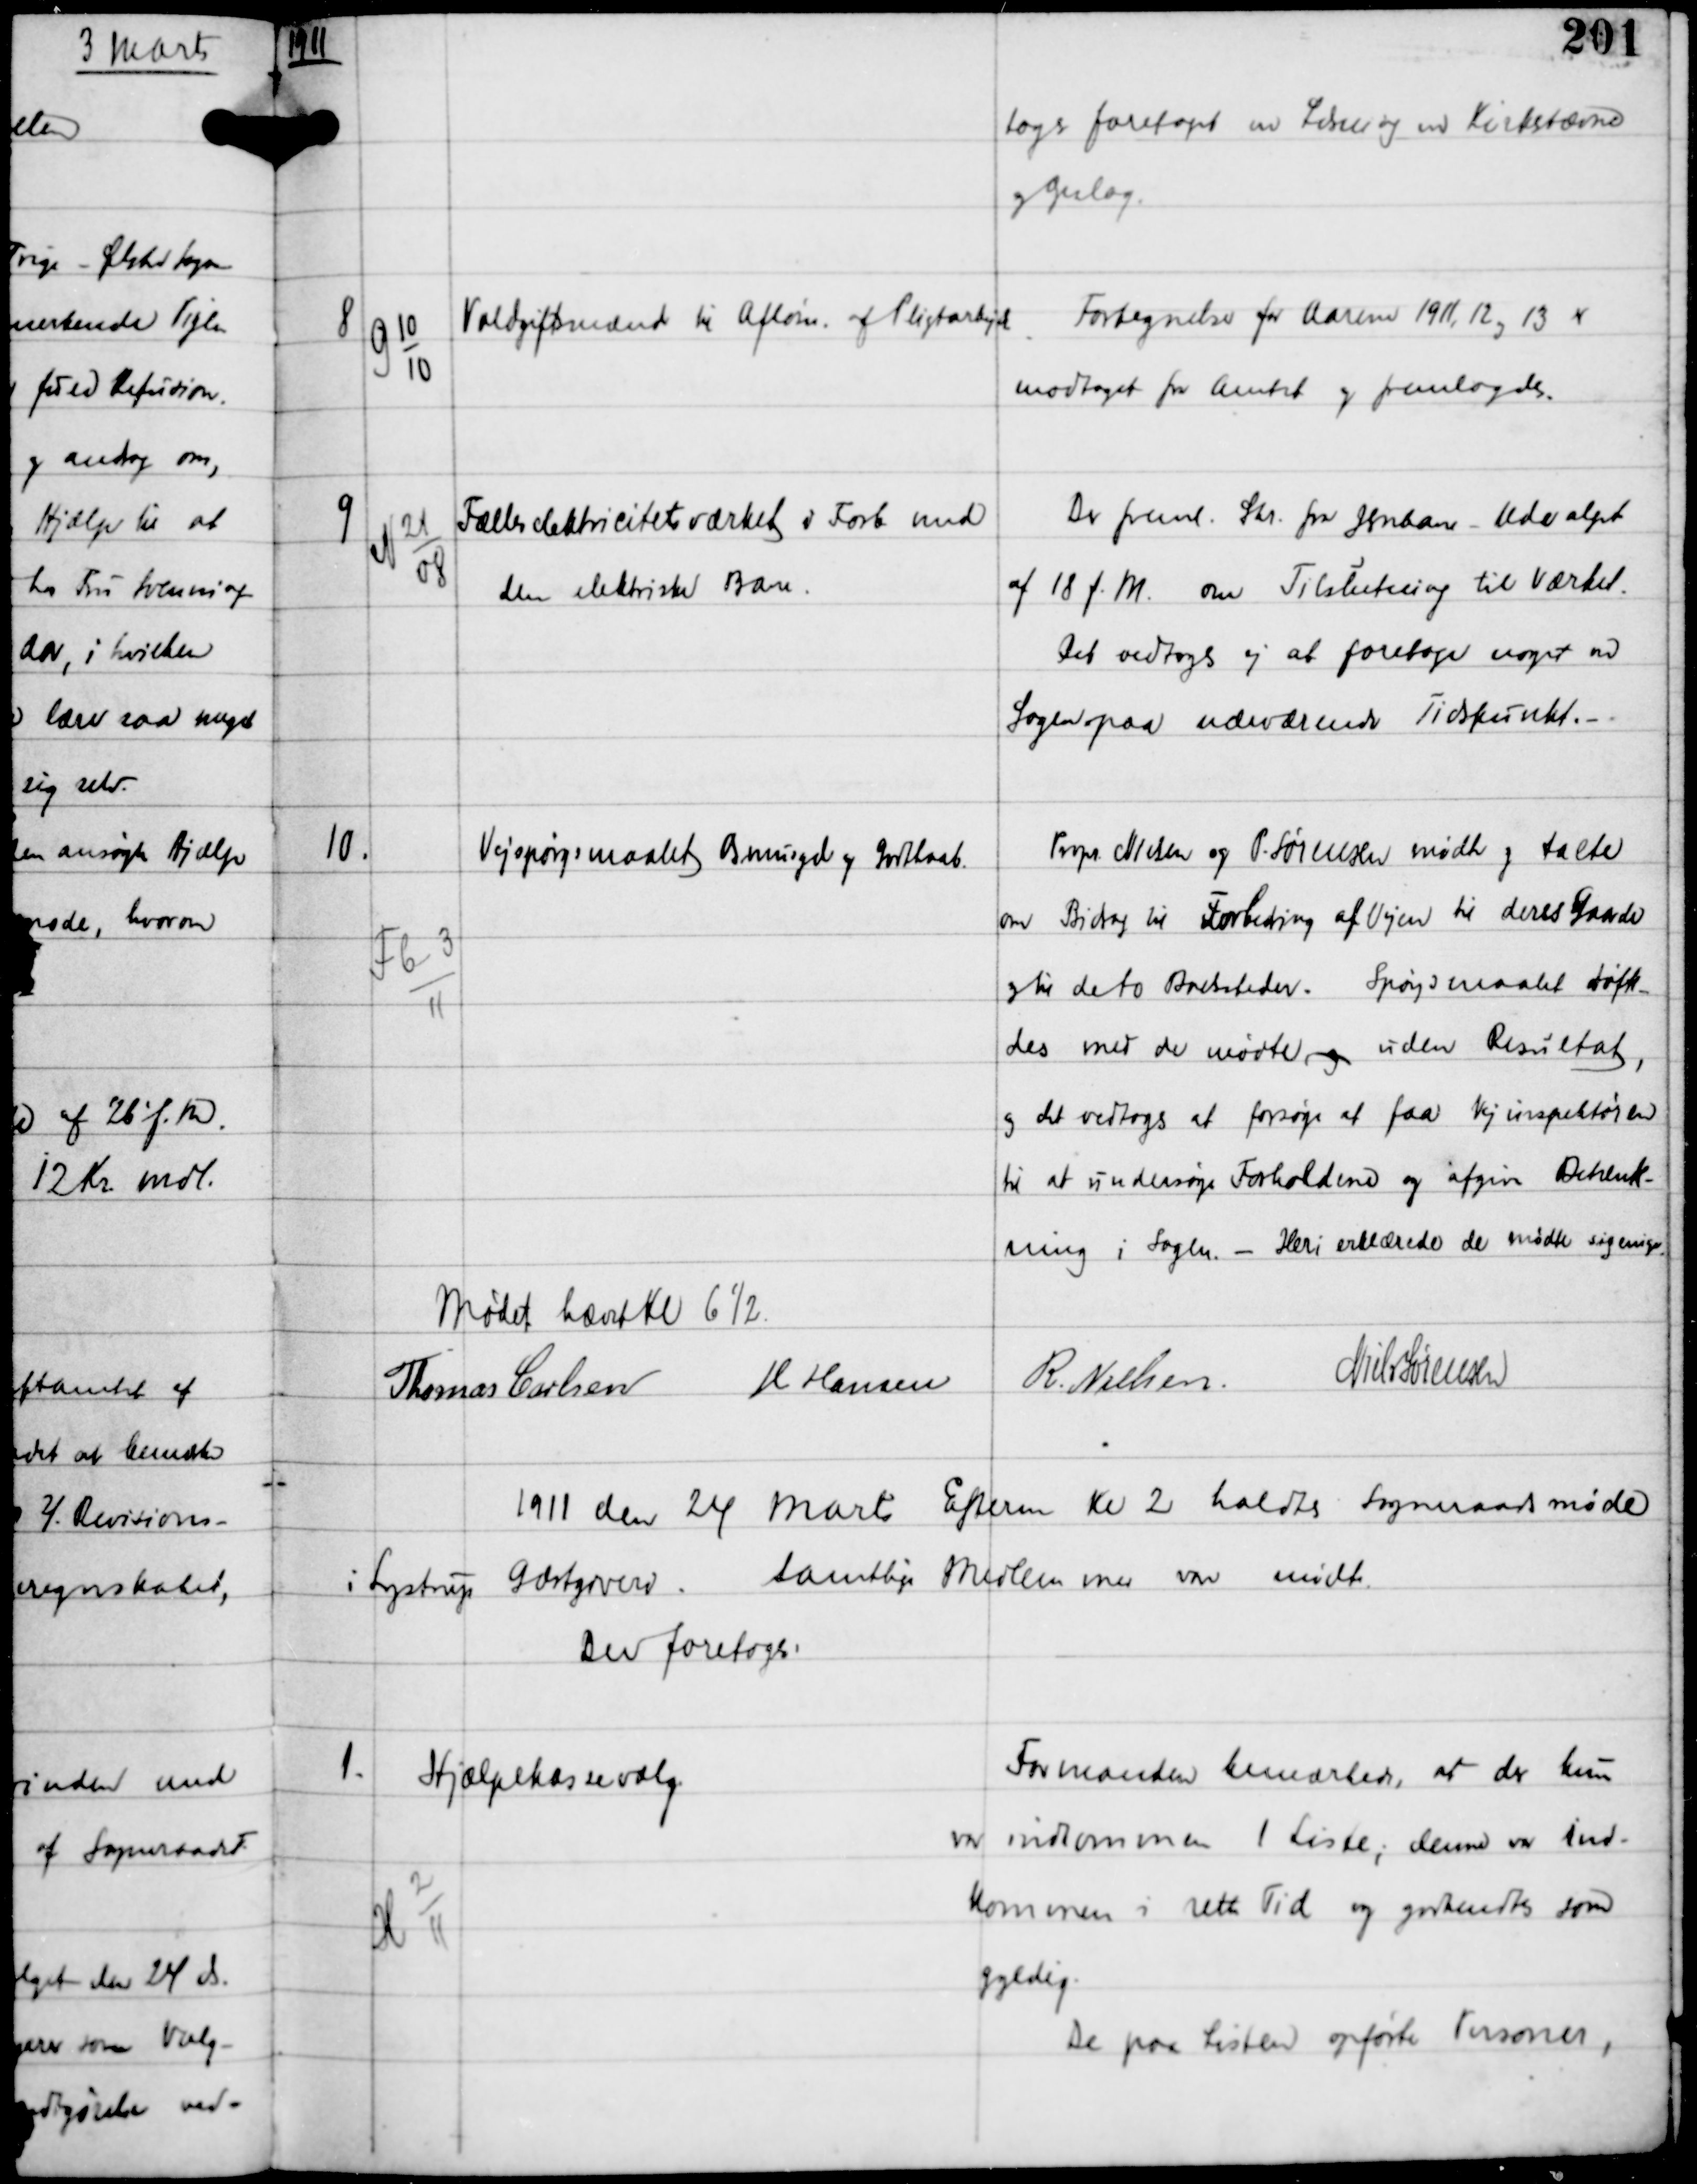
Transskription:
1911

toges foretaget ved Læsning ved Kirkestævne
og Opslag.

8

G 10
10

Voldgiftmænd til Afløsn og Pligtarbejde

Fortegnelse for Aarene 1911, 12 og 13 er
modtaget fra Amtet og fremlagdes.

9

N 21
08

Fælleselektricitetsværket i Forb med
den elektriske Bane.

Der freml Skr fra Jernbane Udvalget
af 18 f.M om Tilslutning til Værket.
Det vedtoges ej at foretage noget ved
Sagen paa udeværende Tidspunkt. -

10.

Fb-3
11

Vejspørgsmaalet Asmusgd og Godthaab.

Propr Nielsen og P. Sørensen mødte og talte
om Bidrag til Forbedring af Vejen til deres Gaarde
og til de to Boelsteder. Spørgsmaalet drøfte-
des med de mødte, og uden Resultet,
og det vedtoges at forsøge at faa Vejinspektøren
til at undersøge Forholdene og afgive Betænk-
ning i Sagen - Heri erklærede de mødte sig enige.

Mødet hævet Kl 6½
Thomas Carlsen H Hansen
R Nielsen Niels Sørensen

1911 den 24 Marts Efterm Kl 2 holdtes Sogneraadsmøde
i Lystrup Gæstgiveri. Samtlige Medlemmer vare mødte
Der foretoges:

1.

H-2
11

Hjælpekassevalg

Formanden bemærkede, at der kun
var indkommet 1 Liste, denne var ind-
kommen i rette Tid og godkendtes som
gyldig
De paa Listen opførte Personer,